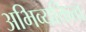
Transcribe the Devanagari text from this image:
अभिव्यक्तित्व